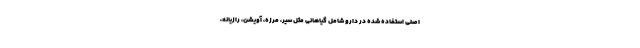
اصلی استفاده شده در دارو شامل گیاهانی مثل سیر، مرزه، آویشن، رازیانه،